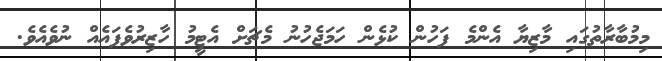
މިމުބާރާތުގައި މާޒިޔާ އެންމެ ފަހުން ކުޅެން ހަމަޖެހުނު މެޗަށް އެޓީމު ހާޒިރުވެފައެއް ނުވެއެވެ.